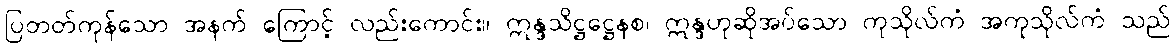
ပြတတ်ကုန်သော အနက် ကြောင့် လည်းကောင်း။ ဣန္ဒသိဋ္ဌဋ္ဌေနစ၊ ဣန္ဒဟုဆိုအပ်သော ကုသိုလ်ကံ အကုသိုလ်ကံ သည်